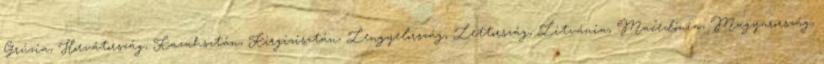
Grúzia, Horvátország, Kazahsztán, Kirgizisztán, Lengyelország, Lettország, Litvánia, Macedónia, Magyarország,